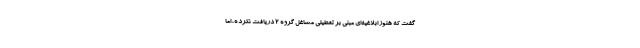
گفت که هنوز ابلاغیه‌ای مبنی بر تعطیلی مشاغل گروه ۲ دریافت نکرده، اما